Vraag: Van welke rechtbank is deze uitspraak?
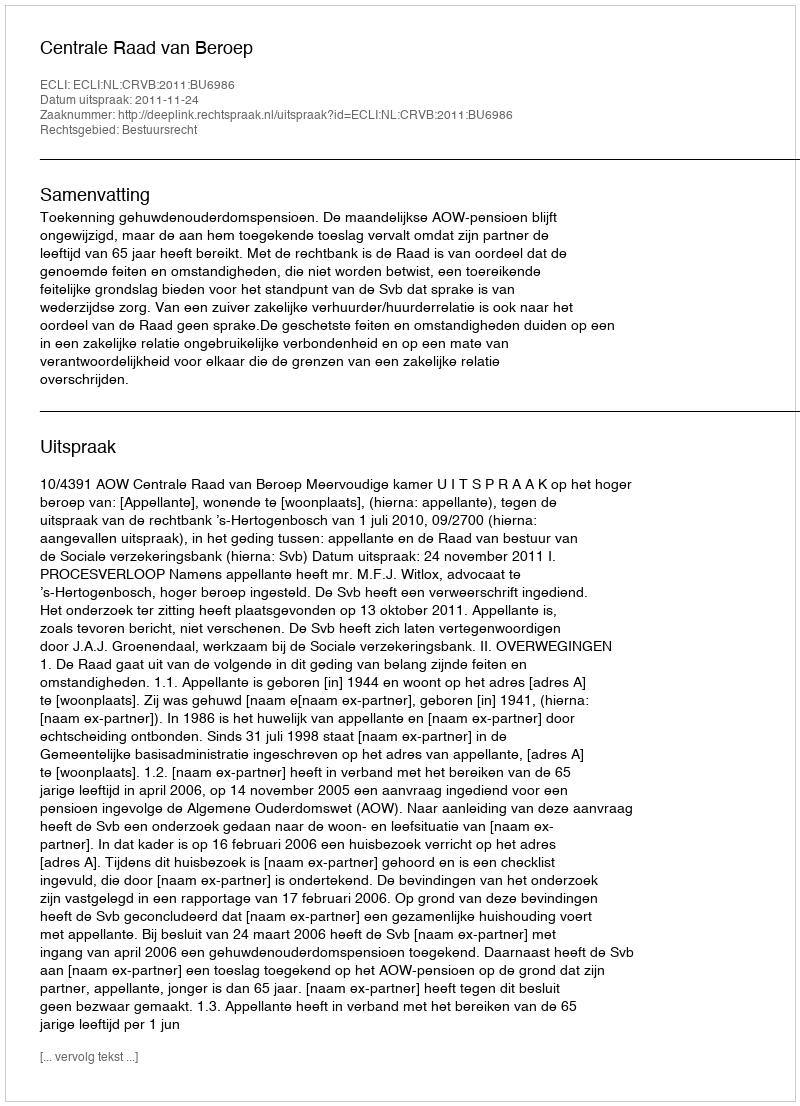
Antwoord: Centrale Raad van Beroep